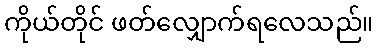
ကိုယ်တိုင် ဖတ်လျှောက်ရလေသည်။